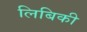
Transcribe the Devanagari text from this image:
लिबिकी